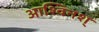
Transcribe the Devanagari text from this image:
आश्विनश्